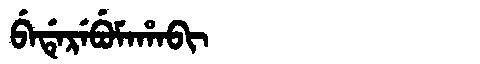
Manchu: ᠪᡝᡩᡝᡵᡝᠪᡠᠮᠠᡥᠠᠪᡳ
Romanization: BEDEREBUMAHABI